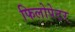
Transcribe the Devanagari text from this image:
फिलोपेटर